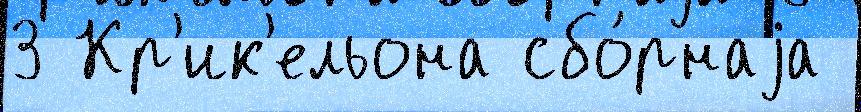
3 Кр'ик'ельона сбо́рнаjа